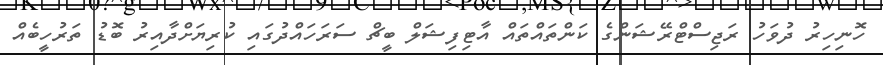
ހޮނިހިރު ދުވަހު ރަޖިސްޓްރޭޝަންގެ ކަންތައްތައް އާޓިފިޝަލް ބީޗް ސަރަހައްދުގައި ކުރިޔަށްދާއިރު ބޮޑު ތަރުހީބެއް